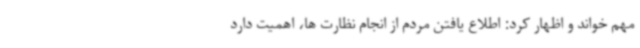
مهم خواند و اظهار کرد: اطلاع یافتن مردم از انجام نظارت ها، اهمیت دارد